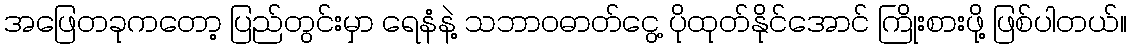
အဖြေတခုကတော့ ပြည်တွင်းမှာ ရေနံနဲ့ သဘာဝဓာတ်ငွေ့ ပိုထုတ်နိုင်အောင် ကြိုးစားဖို့ ဖြစ်ပါတယ်။